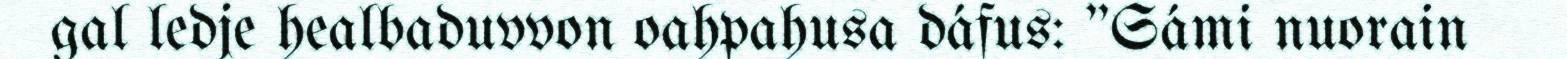
gal ledje healbaduvvon oahpahusa dáfus: "Sámi nuorain